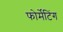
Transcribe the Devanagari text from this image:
फोर्मेटिंग